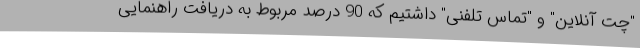
"چت آنلاین" و "تماس تلفنی" داشتیم که 90 درصد مربوط به دریافت راهنمایی